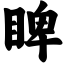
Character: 睥